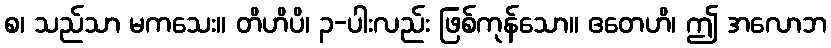
စ၊ သည်သာ မကသေး။ တိဟိပိ၊ ၃-ပါးလည်း ဖြစ်ကုန်သော။ ဧတေဟိ၊ ဤ အလောဘ